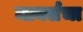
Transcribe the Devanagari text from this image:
मार्क्सचा